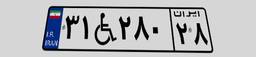
۳۱W۲۸۰۲۸